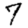
Digit: 7